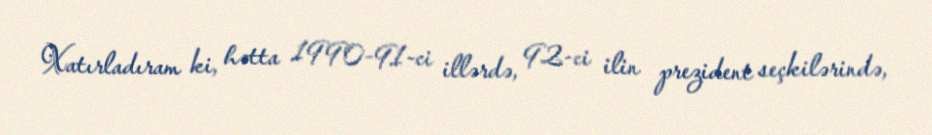
Xatırladıram ki, hətta 1990-91-ci illərdə, 92-ci ilin prezident seçkilərində,